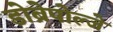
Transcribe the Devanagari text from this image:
डोब्रेपोल्जे